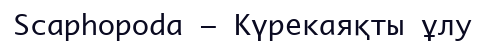
Scaphopoda – Күрекаяқты ұлу